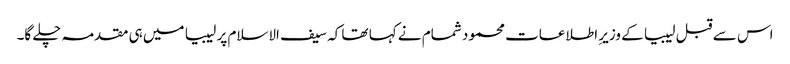
اس سے قبل لیبیا کے وزیرِ اطلاعات محمود شمام نے کہا تھا کہ سیف الاسلام پر لیبیا میں ہی مقدمہ چلے گا۔